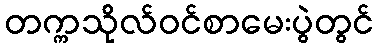
တက္ကသိုလ်ဝင်စာမေးပွဲတွင်